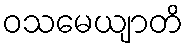
ဝသမေယျာတိ